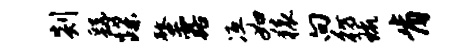
剡繇蹀螯露冱如猿向彷琉肯